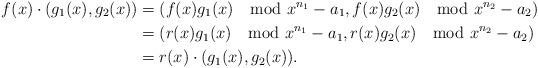
LaTeX: \begin{align*}f(x)\cdot (g_1(x),g_2(x))&=(f(x)g_1(x)\mod x^{n_1}-a_1, f(x)g_2(x)\mod x^{n_2}-a_2)\\ &=(r(x)g_1(x)\mod x^{n_1}-a_1, r(x)g_2(x)\mod x^{n_2}-a_2)\\ &=r(x)\cdot (g_1(x),g_2(x)).\end{align*}